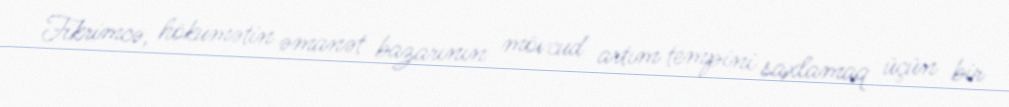
Fikrimcə, hökumətin əmanət bazarının mövcud artım tempini saxlamaq üçün bir